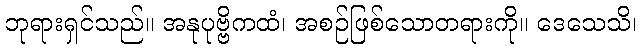
ဘုရားရှင်သည်။ အနုပုဗ္ဗိကထံ၊ အစဉ်ဖြစ်သောတရားကို။ ဒေသေသိ၊